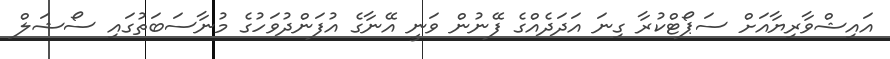
އައިޝްވާރިޔާއަށް ސަޕޯޓްކުރާ ގިނަ އަދަދެއްގެ ފޭނުން ވަނީ އޭނާގެ އުފަންދުވަހުގެ މުނާސަބަތުގައި ސޯޝަލް